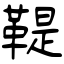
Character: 鞮